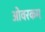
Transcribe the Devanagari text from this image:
ओवरकम